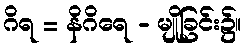
ဂိရ = နိဂိရေ - မျိုခြင်း၌။